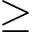
\ge